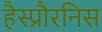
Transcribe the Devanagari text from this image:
हैस्प्रौरनिस